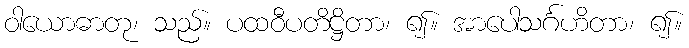
ဝါယောဓာတု၊ သည်။ ပထဝီပတိဋ္ဌိတာ၊ ၍။ အာပေါသင်္ဂဟိတာ၊ ၍။